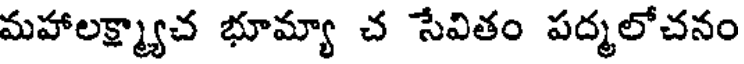
మహాలక్ష్మ్యాచ భూమ్యా చ సేవితం పద్మలోచనం